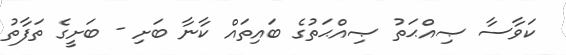
ކަވާސާ ޞިއްޙަތު ޞިއްޙަތުގެ ބައިތައް ކާނާ ބަށި - ބަށީގެ ތަފާތު